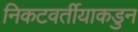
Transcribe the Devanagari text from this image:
निकटवर्तीयाकडुन